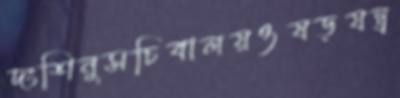
দংশিনুসচিবালয়ওষড়যন্ত্র